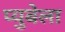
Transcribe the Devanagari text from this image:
प्युबेला